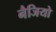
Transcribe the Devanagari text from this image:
नैजियो